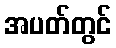
အပတ်တွင်